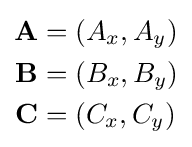
{\begin{aligned}\mathbf {A} &=(A_{x},A_{y})\\\mathbf {B} &=(B_{x},B_{y})\\\mathbf {C} &=(C_{x},C_{y})\end{aligned}}